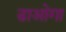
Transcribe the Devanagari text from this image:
डाओगा